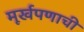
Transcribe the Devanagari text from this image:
मूर्खपणाची